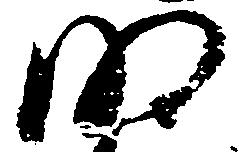
明